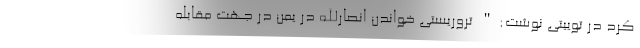
کرد در توییتی نوشت:" تروریستی خواندن انصارالله در یمن در جهت مقابله